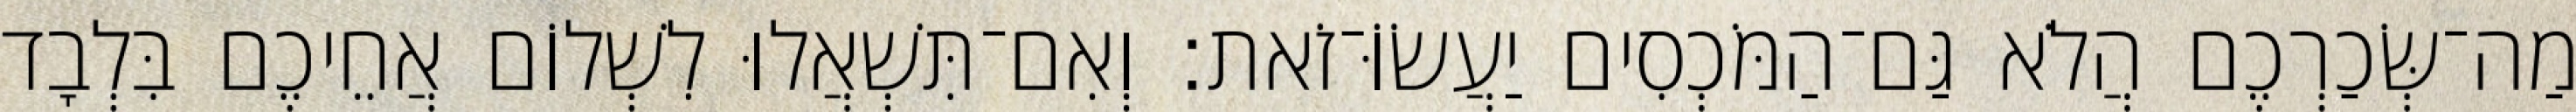
מַה־שְּׂכַרְכֶם הֲלֹא גַּם־הַמֹּכְסִים יַעֲשׂוֹּ־זֹאת׃ וְאִם־תִּשְׁאֲלוּ לִשְׁלוֹם אֲחֵיכֶם בִּלְבָד